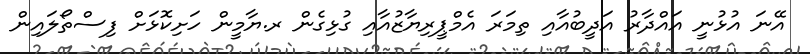
އޭނަ އުޅުނީ އައްދާރު އަދީބުއާއި ތިމަރަ އެމްޕީރިޔާޒުއާއި ގުޅިގެން ރ.ޔާމީން ހަށިކޮޅަށް ފިސްތޯލައިން